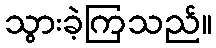
သွားခဲ့ကြသည်။